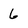
Character: 6